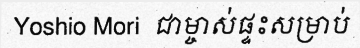
Yoshio Mori  ជាម្ចាស់ផ្ទះសម្រាប់